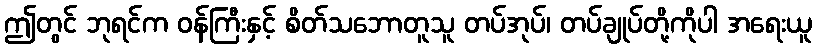
ဤတွင် ဘုရင်က ဝန်ကြီးနှင့် စိတ်သဘောတူသူ တပ်အုပ်၊ တပ်ချုပ်တို့ကိုပါ အရေးယူ